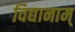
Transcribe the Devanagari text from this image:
विद्यानाम्